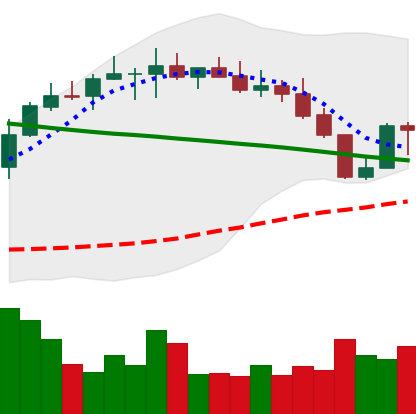
Ticker: BNB-USD
Chart end date: 2022-08-22
Forward return: -7.572%
Label: down_7plus